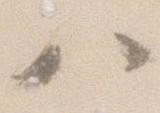
ハ